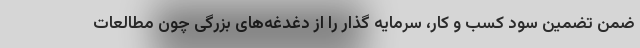
ضمن تضمین سود کسب و کار، سرمایه گذار را از دغدغه‌های بزرگی چون مطالعات